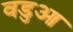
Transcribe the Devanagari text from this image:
वडुआ